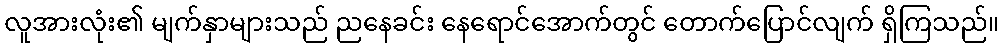
လူအားလုံး၏ မျက်နှာများသည် ညနေခင်း နေရောင်အောက်တွင် တောက်ပြောင်လျက် ရှိကြသည်။